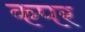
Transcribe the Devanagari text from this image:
कपर